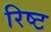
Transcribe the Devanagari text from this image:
रिष्ट